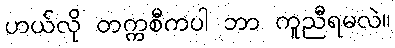
ဟယ်လို တက္ကစီကပါ ဘာ ကူညီရမလဲ။